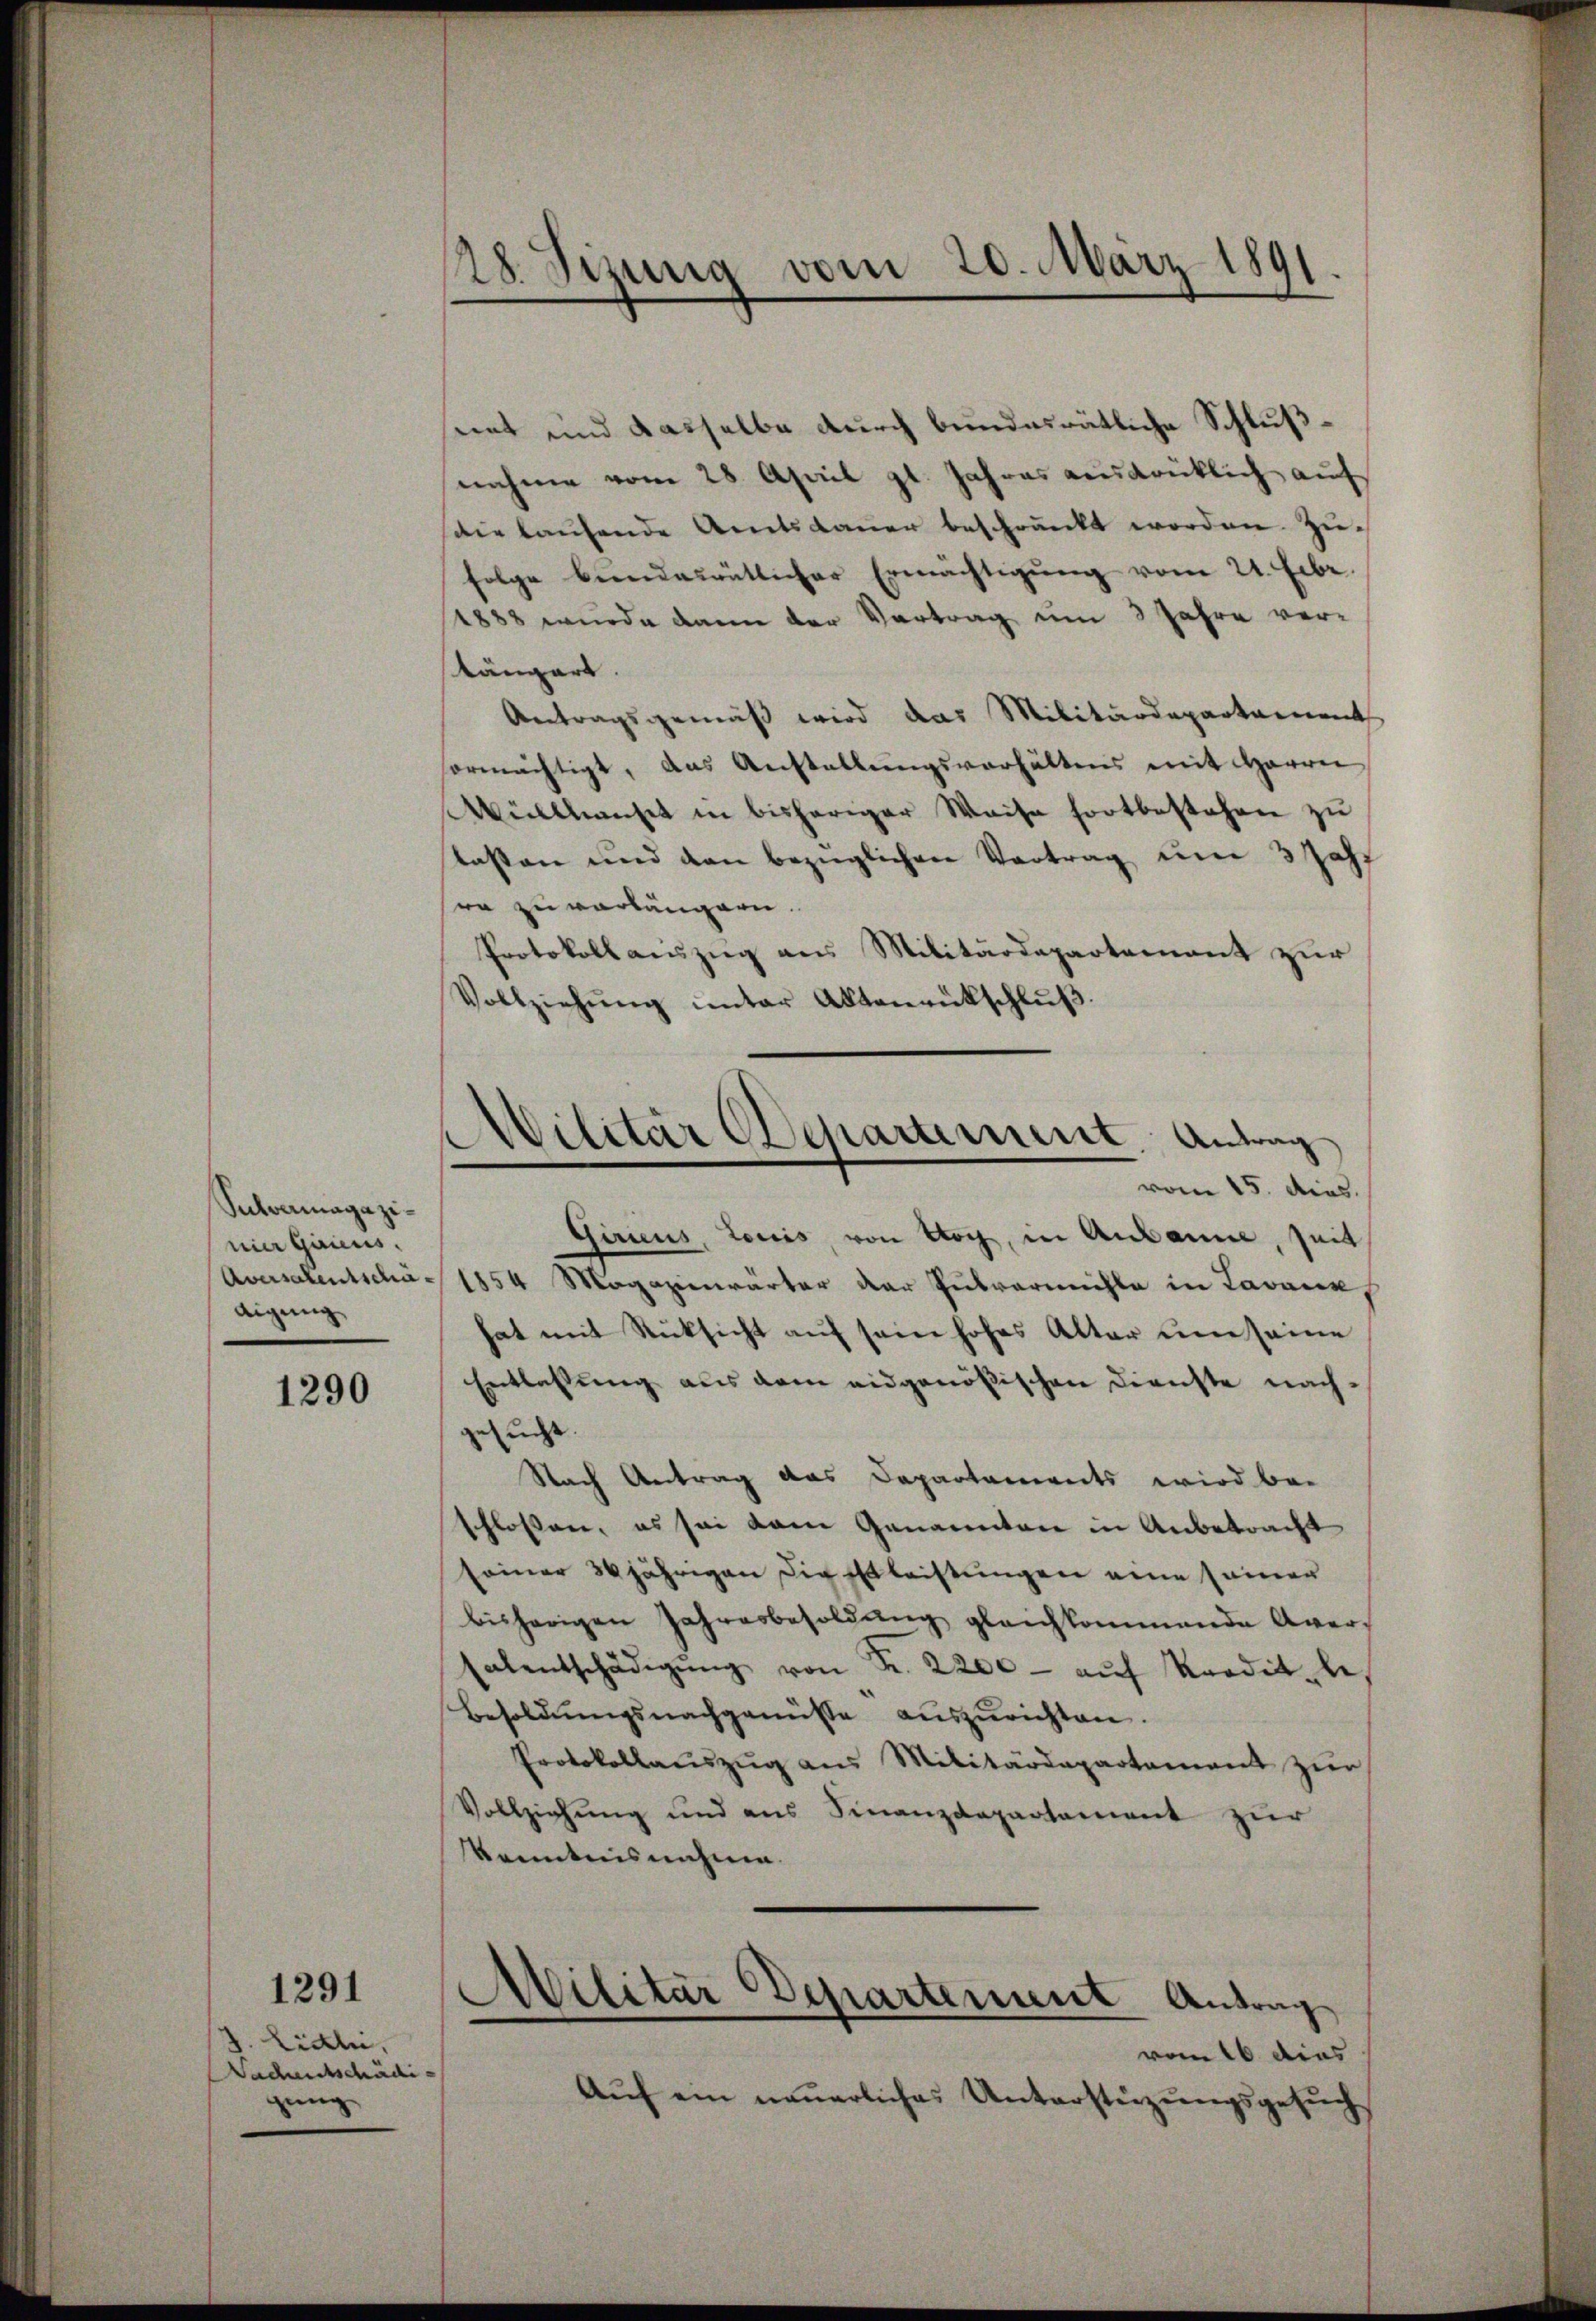
Suchvermagazinie gains.
digung

1290

Lidli,
Sachentschädigung

1291

128. Sizung vom 20. März 1891.

seit und dasselbe durch bundesrätliche Schlußnahme vom 28. April gl. Jahres ausdrücklich auf
die laufende Amtsdauer beschränkt worden. Zufolge biendesrätlicher Ermächtigŭng vom 21. Febr.
(1888 wurde dann der Vertrag um 3 Jahre vertängart.
Antragsgemäß wird das Militärdepartement
ormächtigt, das Anstellungsverhältens mit Herrn
Wüllhauset in bisheriger Waise fortbestehen zŭ
lasten und den bezüglichen Vortrag ŭm 3 Jahr
sen zu verlängern.
Protokoll auszug aus Militärdepartement zur
Vollziehŭng ŭnter Aktenrückschlŭβ
Giricus, Louis, von Koch, in Anbanne, seit
Aversalentscha 1854 Magazinwärter der Hubermühle in Lavaux
hat mit Rücksicht aŭf sein hohes Alter um seine
Entlassung aus dem eidgenößischen Dienste nachgesucht.
Nach Antrag das Departaments wird bei
schlossen, es sei dem Genannten in Anbetracht
seiner 30 jährigen die est leistungen eine seiner
bisherigen Jahresbesoldŭng gleichkommende Aver-
(alentschädigŭng von Fr. 2200- aŭf Kredit be
Besoldŭngsnachgenüsse aŭszŭrichten.
Protokollauszug aus Militärdepartement zur
Vollziehung und aus Finanzdepartement zur
kenntnisnahme.

Militär Departement Antrag
vom 15. Ains.

Militär Departement Antrag
vom 16. dies

Aŭf ein neŭerliches Unterstüzŭngsgesŭch